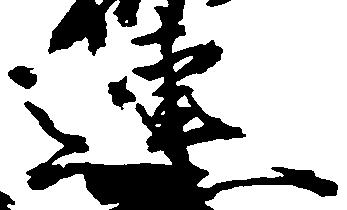
連